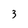
Character: 3